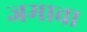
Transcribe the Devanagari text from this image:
जमावा